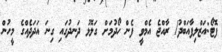
ފޮޓޯ:އަޒްލިފާއަބްދު/ ރާއްޖެ އެމްވީ ފެން ހޯދުމަށް ގަލޮޅު ދަނދުގައި ގިނަ އަދަދެއްގެ މީހުން